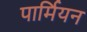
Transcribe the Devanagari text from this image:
पार्मियन